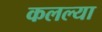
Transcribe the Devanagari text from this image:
कलल्या